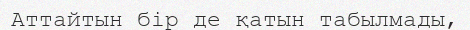
Аттайтын бiр де қатын табылмады,